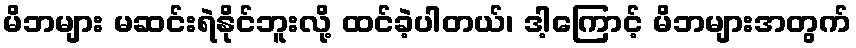
မိဘများ မဆင်းရဲနိုင်ဘူးလို့ ထင်ခဲ့ပါတယ်၊ ဒါ့ကြောင့် မိဘများအတွက်